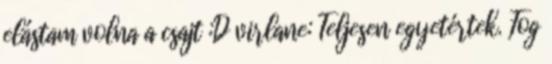
elástam volna a csajt :D virlane: Teljesen egyetértek. Fog